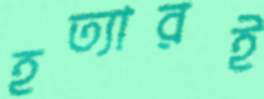
হত্যারই